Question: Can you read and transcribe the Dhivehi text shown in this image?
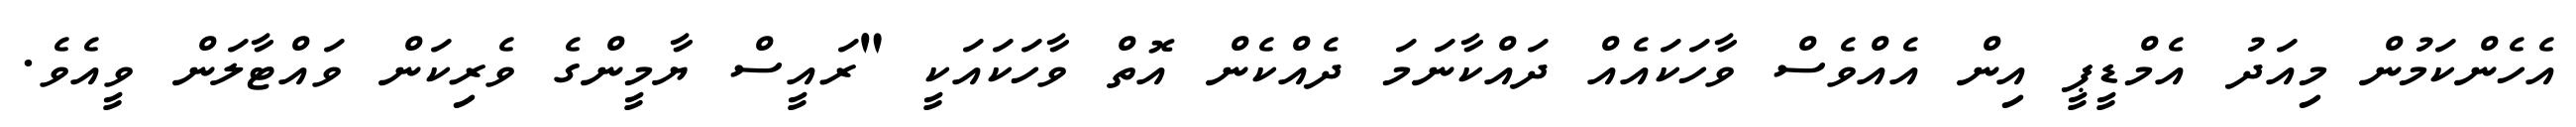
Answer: އެހެންކަމުން މިއަދު އެމްޑީޕީ އިން އެއްވެސް ވާހަކައެއް ދައްކާނަމަ ދެއްކެން އޮތް ވާހަކައަކީ "ރައީސް ޔާމީންގެ ވެރިކަން ވައްޓާލަން ވީއެވެ.